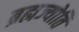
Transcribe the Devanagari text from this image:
ब्रह्मज्योति